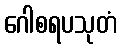
ဂေါစရပသုတံ